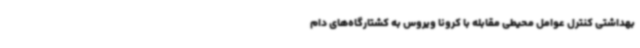
بهداشتی کنترل عوامل محیطی مقابله با کرونا ویروس به کشتارگاه‌های دام